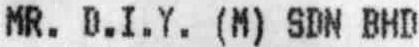
MR. D.I.Y. (M) SDN BHD